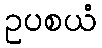
ဥပစယံ